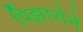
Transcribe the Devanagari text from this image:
पिझारोने